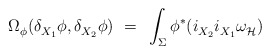
\begin{align*} \Omega_\phi^{}(\delta_{X_1}^{} \phi,\delta_{X_2}^{} \phi)~ =~\int_\Sigma \phi^* (i_{X_2}^{} i_{X_1}^{} \omega_{\mathcal{H}}^{\vphantom{j}})\end{align*}